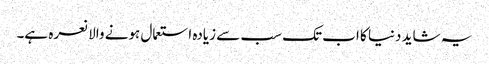
یہ شاید دنیا کا اب تک سب سے زیادہ استعمال ہونے والا نعرہ ہے۔